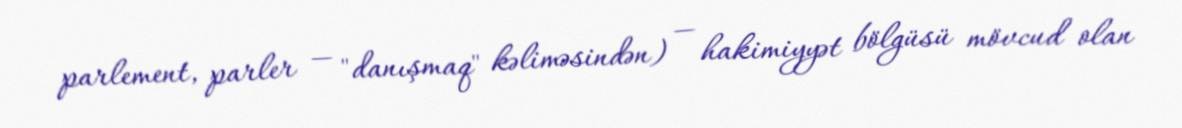
parlement, parler — "danışmaq" kəliməsindən) — hakimiyyət bölgüsü mövcud olan